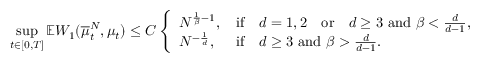
\operatorname* { s u p } _ { t \in [ 0 , T ] } \mathbb { E } W _ { 1 } ( \overline { { \mu } } _ { t } ^ { N } , \mu _ { t } ) \leq C \left\{ \begin{array} { l l } { N ^ { \frac { 1 } { \beta } - 1 } , \, } & { \mathrm { i f } \quad d = 1 , 2 \quad \mathrm { o r } \quad d \geq 3 \, \, \mathrm { a n d } \, \, \beta < \frac { d } { d - 1 } , } \\ { N ^ { - \frac 1 d } , \, } & { \mathrm { i f } \quad d \geq 3 \, \, \mathrm { a n d } \, \, \beta > \frac { d } { d - 1 } . } \end{array} \right.